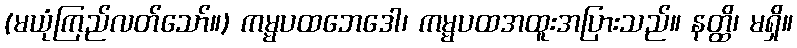
(မယုံကြည်လတ်သော်။) ကမ္မပထဘေဒေါ၊ ကမ္မပထအထူးအပြားသည်။ နတ္ထိ၊ မရှိ။